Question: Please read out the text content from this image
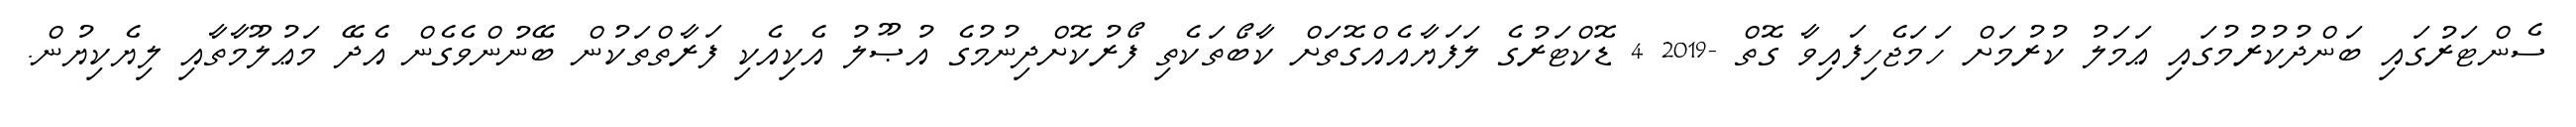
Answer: ސެންޓަރުގައި ބަންދުކުރުމުގައި ޢަމަލު ކުރުމަށް ހަމަޖެހިފައިވާ ގޮތް -2019 4 ޑޮކްޓަރުގެ ލަފަޔާއެއްގޮތަށް ކާބޯތަކެތި ފޯރުކޮށްދިނުމުގެ އުޞޫލު އެކިއެކި ފަރާތްތަކުން ބޭނުންވެގެން އެދޭ މަޢުލޫމާތާއި ލިޔެކިޔުން.